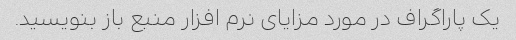
یک پاراگراف در مورد مزایای نرم افزار منبع باز بنویسید.